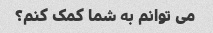
می توانم به شما کمک کنم؟